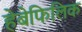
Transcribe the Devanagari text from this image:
हेबेफिलिक